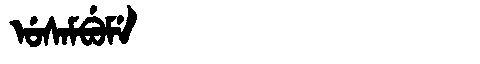
Manchu: ᡠᠰᠠᠮᠪᡠᠮᡝ
Romanization: USAMBUME